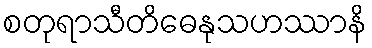
စတုရာသီတိဓေနုသဟဿာနိ